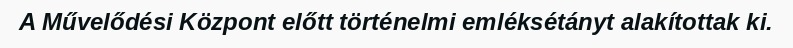
A Művelődési Központ előtt történelmi emléksétányt alakítottak ki.